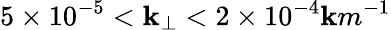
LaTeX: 5\times10^{-5}<\mathbf{k}_{\perp}<2\times10^{-4}\mathbf{k}m^{-1}